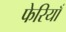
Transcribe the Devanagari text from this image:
फेरियाँ